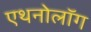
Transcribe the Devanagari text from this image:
एथनोलॉग